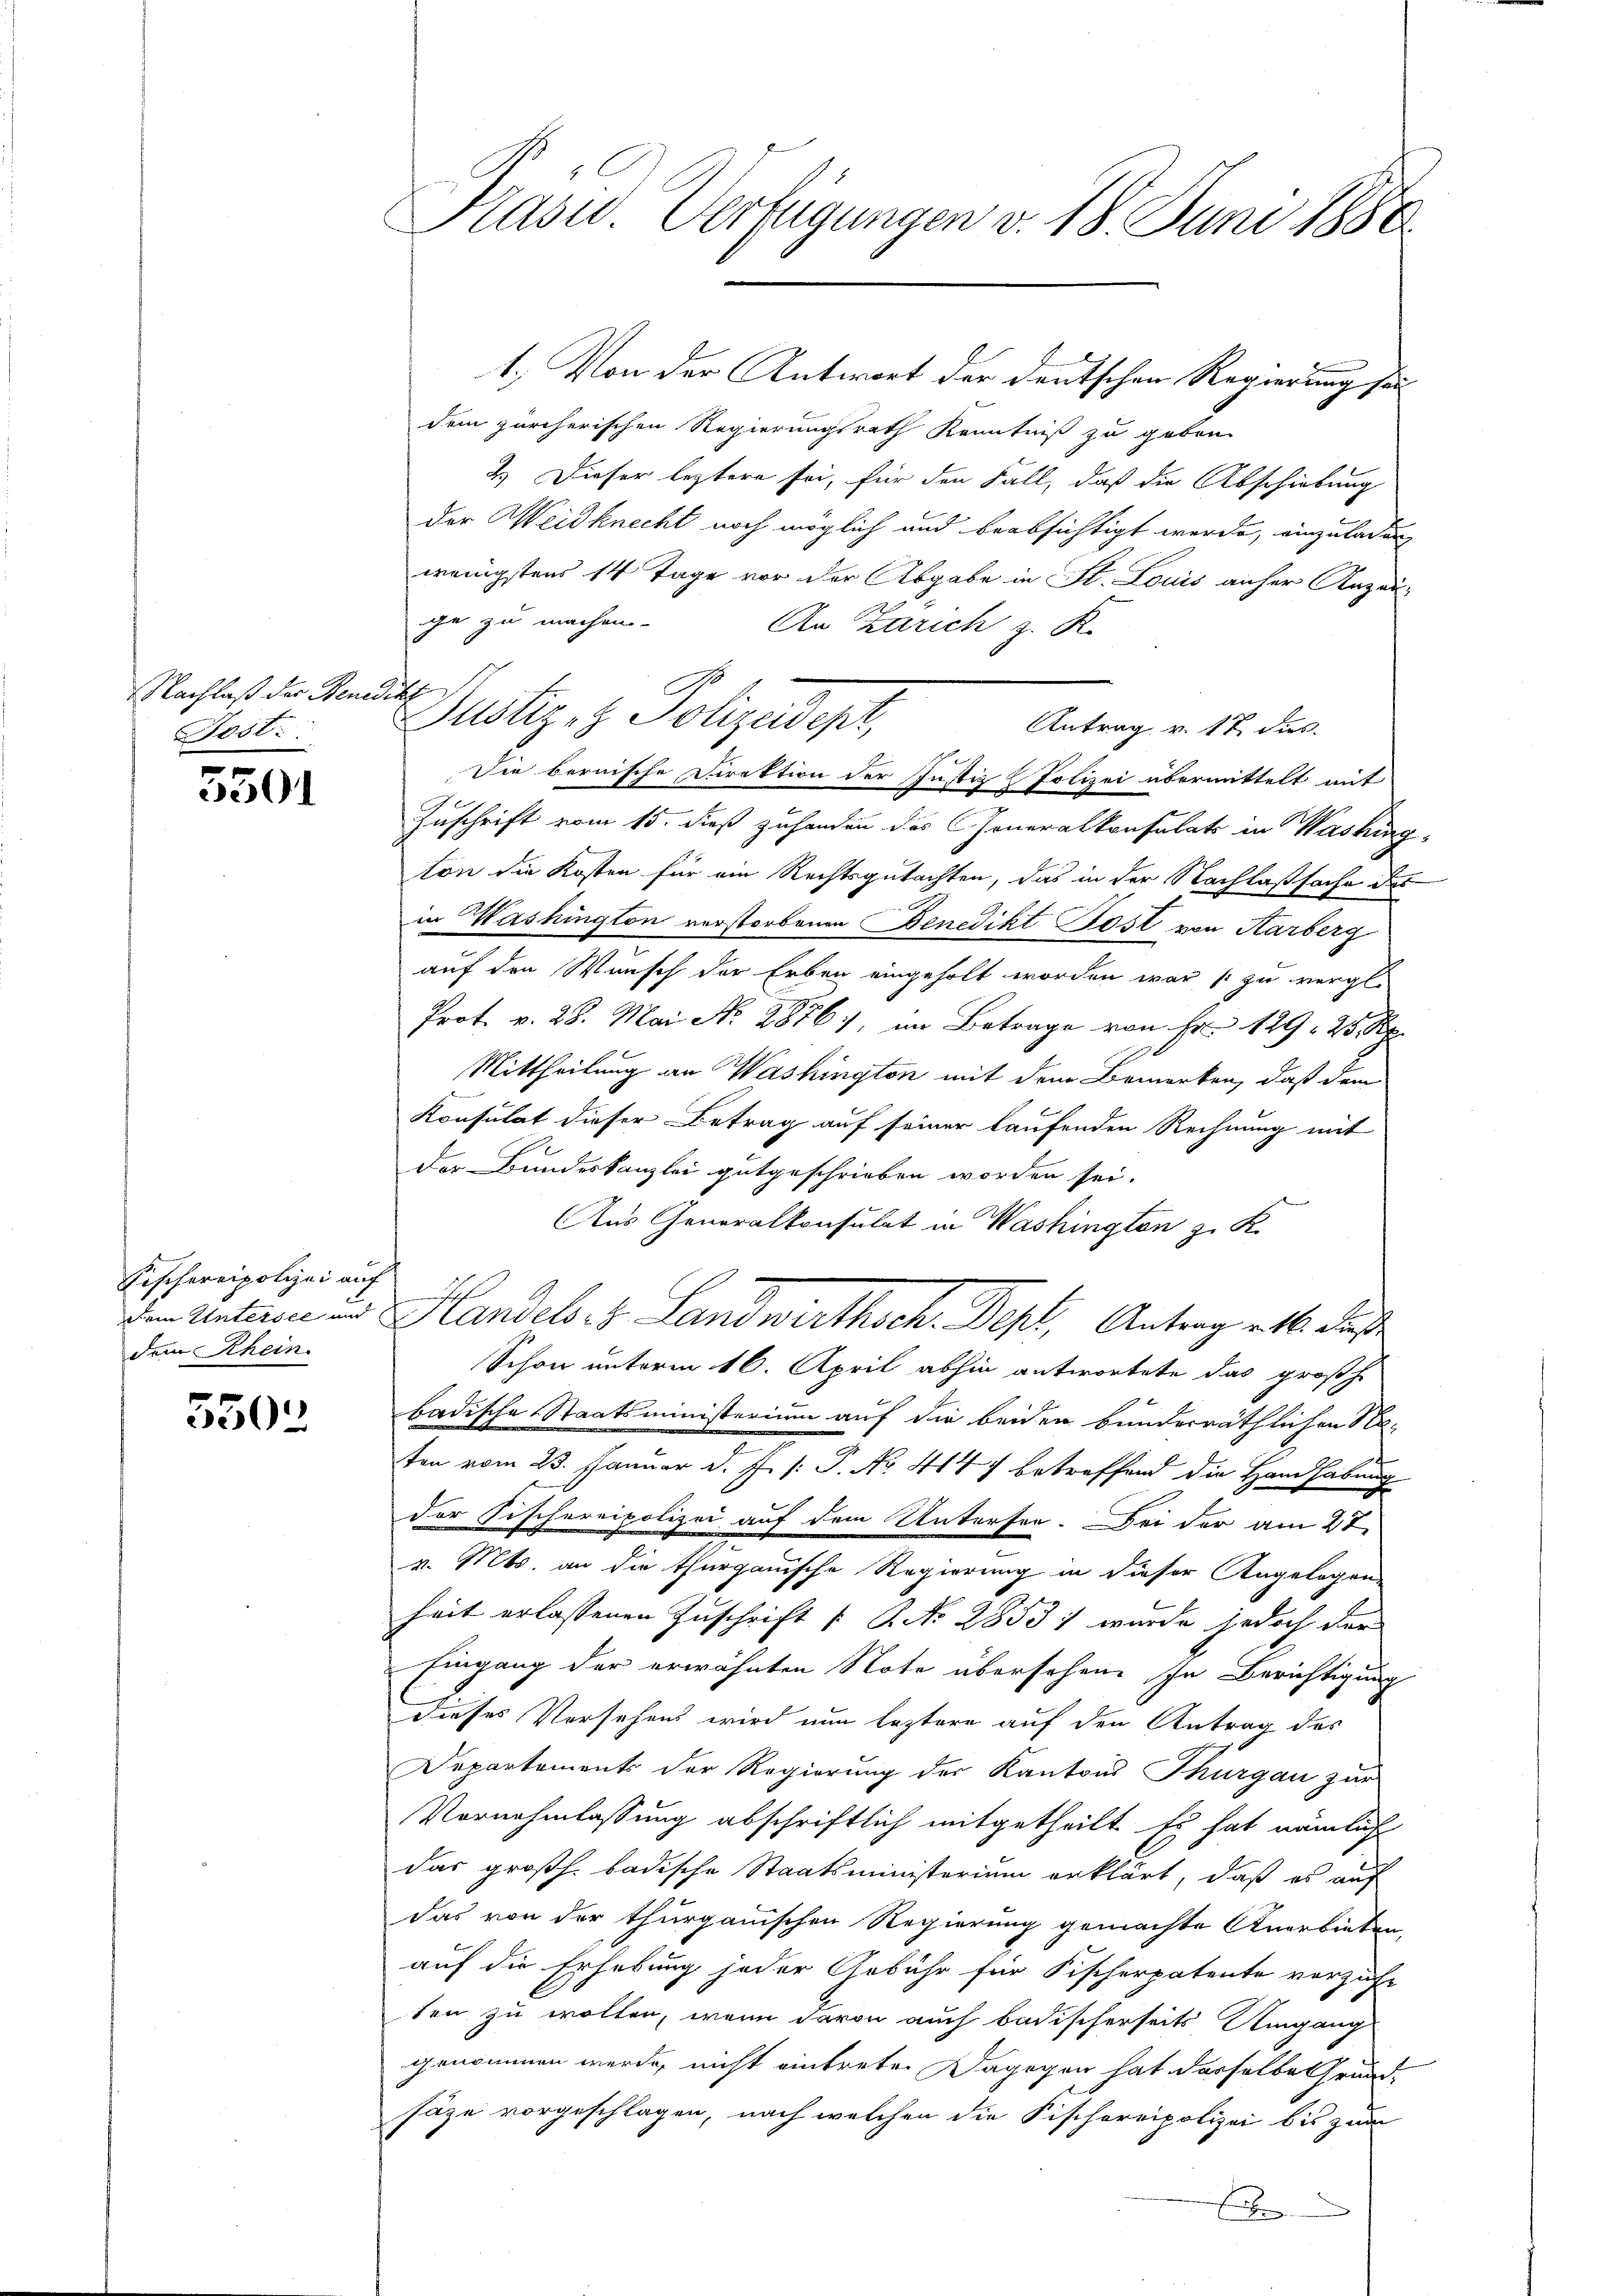
Nachlaß der Benedikt
Jost.

u
3

Fischereipolizei auf
Dein Untersee und
dem Rhein.

5503.

Präsid Verfügungen v. 18. Juni 1880

1.) Von der Antwort der deutschen Regierung sei
dem zürcherischen Regierungsrath Kenntniß zu geben.
2.) Dieser leztere sei, für den Fall, daß die Abschiebung
der Weidknecht noch möglich und beabsichtigt werde, einzuladen
wenigstens 14 Tage vor der Abgabe in St. Louis anher Anzeige zu machen.
An Zarich z. K.
A
Justiz- & Polizeidept,
Antrag v. 17 dies
Sie bernische Direktion der Justiz -Polizei übermittelt mit
Zuschrift vom 15. dieß zuhanden das Generalkonsulats in Washington die Kosten für ein Rechtsgutachten, das in der Nachlaßsache des
in Washington verstorbenen Benedikt ost von Karberg
auf den Wunsch der Erben eingeholt worden war zu vergl.
Prot. v. 28. Mai No 2876), im Betrage von Fr. 129, 25 Rp.
Mittheilung an Washington mit dem Bemerken, daß dem
Konsulat dieser Betrag auf seiner laufenden Rechnung mit
der Bundeskanzlei gutgeschrieben worden sei.
Aus Generalkonsulat in Washington z. K.
Handels. z. Landwirthsch. Dest, Antrag alle des
Schon unterm 16. April abhin antwortete das großhe
badische Staatsministerium auf die beiden bunderräthlichen Ne-
ten vom 23. Januar d. J. /: P. No. 414 7 betreffend die Handhabung
der Fischereipolizei auf dem Untersen. Bei der am 27.
v. Mts. an die thurgauische Regierung in dieser Angelegen,
heit erlassenen Zuschrift [ P. No. 28531 wurde jedoch der
Eingang der erwähnten Note übersehene In Berichtigung
dieses Versehens wird nun leztere auf den Antrag des
Departements der Regierung der Kantons Thurgau zur
Vornehmlassung abschriftlich mitgetheilt. Es hat nämliche
das großh. badische Staatsministerium erklärt, daß es auf
das von der thurgauischen Regierung gemachte Anerbieten,
auf die Erhebung jeder Gebühr für Fischerpatente vorzuhe
ten zu wollen, wenn davon auch badischerseits Umgang
genommen werde, nicht eintrete. Dagegen hat derselbe Grund-
säze vorgeschlagen, nach welchen die Fischoreipolizei bis zum
A